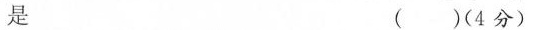
是（ ）(4分)。